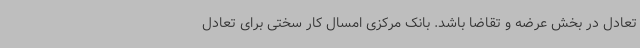
تعادل در بخش عرضه و تقاضا باشد. بانک مرکزی امسال کار سختی برای تعادل